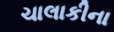
ચાલાકીના